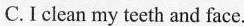
C.I clean my teeth and face.